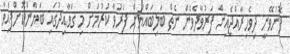
ފޮނުވޭނީ ދިވެހިރާއްޖެއިން ފަރުވާދެވެން ނެތް ބަލިބައްޔަށް ފަރުވާ ކުރުމަށް މި ގަވާއިދުގައި ބަޔާންކޮށްފައިވާ